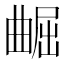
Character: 𫵢